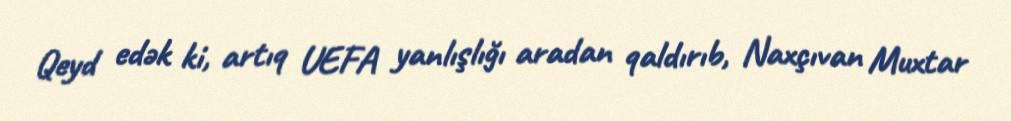
Qeyd edək ki, artıq UEFA yanlışlığı aradan qaldırıb, Naxçıvan Muxtar